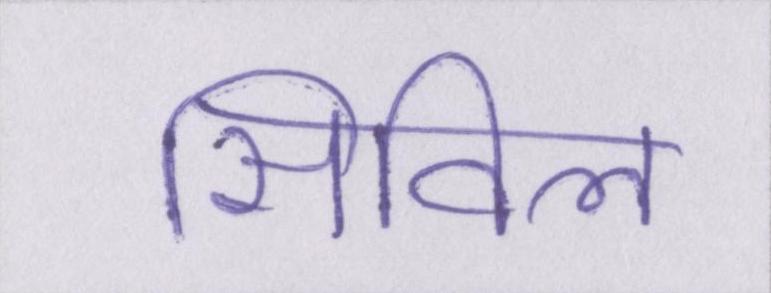
सिविल